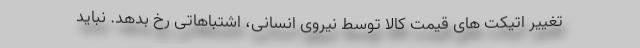
تغییر اتیکت های قیمت کالا توسط نیروی انسانی، اشتباهاتی رخ بدهد. نباید